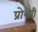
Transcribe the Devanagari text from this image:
प्रो॰वी